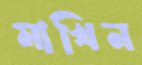
মাখিন